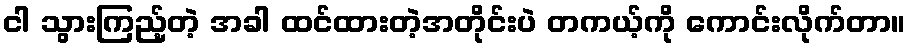
ငါ သွားကြည့်တဲ့ အခါ ထင်ထားတဲ့အတိုင်းပဲ တကယ့်ကို ကောင်းလိုက်တာ။